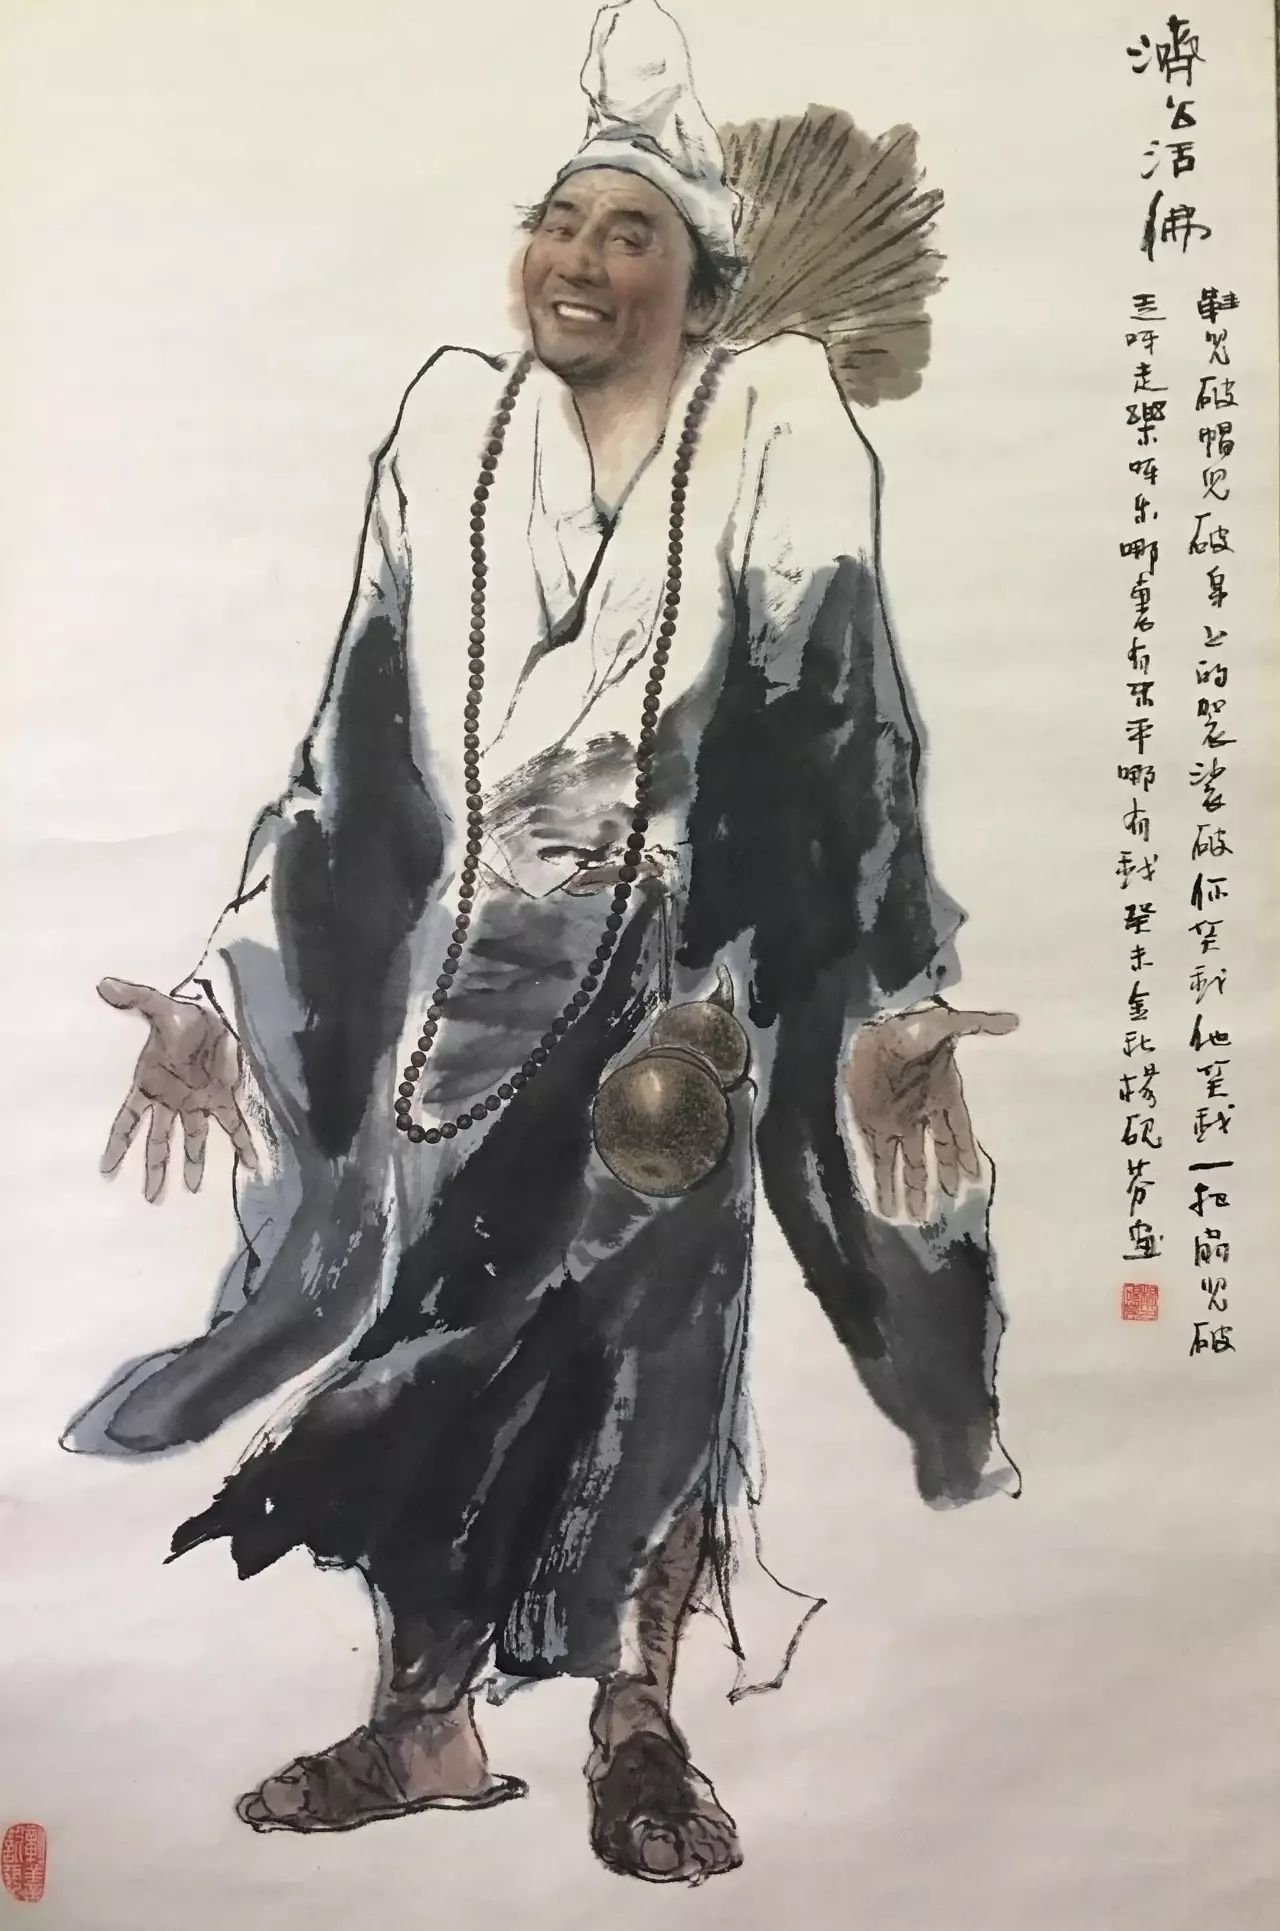
出政施教，赏善罚暴。